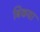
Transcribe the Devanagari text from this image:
बिकवा